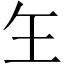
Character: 玍